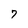
Character: 7